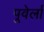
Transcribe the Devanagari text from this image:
पूवेर्ला